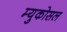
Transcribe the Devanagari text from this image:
म्युकोसल